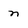
Character: n